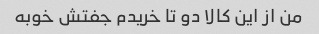
من از این کالا دو تا خریدم جفتش خوبه